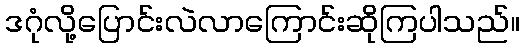
ဒဂုံလို့ပြောင်းလဲလာကြောင်းဆိုကြပါသည်။